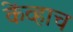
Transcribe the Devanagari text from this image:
केंव्हाच